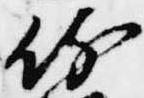
侍